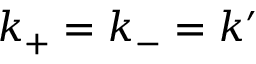
k _ { \mathrm { + } } = k _ { \mathrm { - } } = k ^ { \prime }